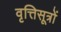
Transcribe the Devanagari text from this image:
वृत्तिसूत्रों